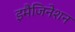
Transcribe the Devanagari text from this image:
इमैजिनेशन